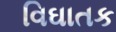
વિઘાતક